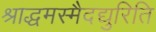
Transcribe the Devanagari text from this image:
श्राद्धमस्मैदद्युरिति